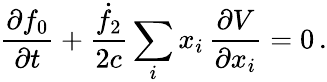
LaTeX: \frac{\partial f_{0}}{\partial t}+\frac{\dot{f}_{2}}{2c}\sum_{i}x_{i}\, \frac{\partial V}{\partial x_{i}}=0\, .